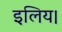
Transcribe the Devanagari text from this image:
इलिय।